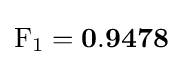
\mathrm {F} _{1}=\mathbf {0.9478}